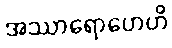
အဿာရောဟေဟိ